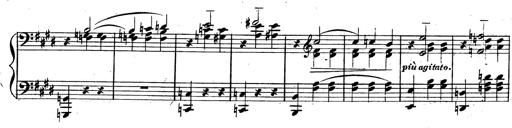
Title: 3 Caprices-Valses
Composer: Franz Liszt